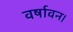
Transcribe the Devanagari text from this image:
वर्षावन।